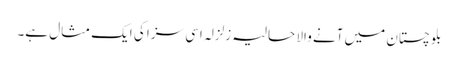
بلوچستان میں آنے والا حالیہ زلزلہ اسی سزا کی ایک مثال ہے۔